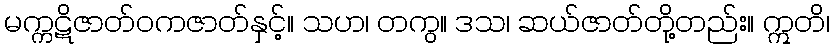
မက္ကဋိဇာတ်ဝကဇာတ်နှင့်။ သဟ၊ တကွ။ ဒသ၊ ဆယ်ဇာတ်တို့တည်း။ ဣတိ၊